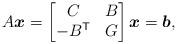
LaTeX: \begin{align*}A \boldsymbol{x} = \begin{bmatrix}C & B \\-B^\mathsf{T} & G\end{bmatrix} \boldsymbol{x} = \boldsymbol{b},\end{align*}